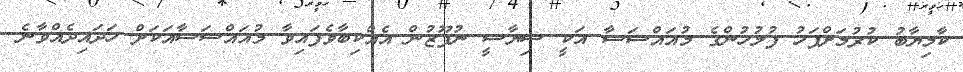
ކާމިޔާބު ކުރުމަށްފަހު ފުލުހުންގެ މުއައްސަސާ އަކީ ސިޔާސީ ނުފޫޒުން އެއްކިބާވެފައިވާ މުއައްސަސާއަކަށް ހަދައިދެއްވާނެ